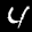
Label: 4